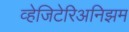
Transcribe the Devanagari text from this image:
व्हेजिटेरिअनिझम